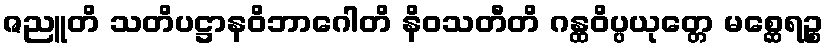
ဇညူတိ သတိပဋ္ဌာနဝိဘာဂေါတိ နိဝသတီတိ ဂန္ထဝိပ္ပယုတ္တေ မစ္ဆေရဉ္စ